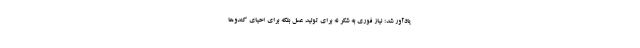
یادآور شد: نیاز فوری به شکر نه برای تولید عسل بلکه برای احیای کندوها